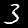
Label: 3